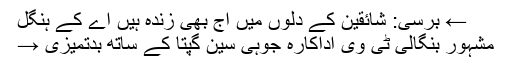
← برسی: شائقین کے دلوں میں آج بھی زندہ ہیں اے کے ہنگل
مشہور بنگالی ٹی وی اداکارہ جوہی سین گپتا کے ساتھ بدتمیزی →